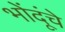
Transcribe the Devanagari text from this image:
भोंदूंचे